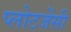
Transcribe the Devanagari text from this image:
प्लोटजेंसी